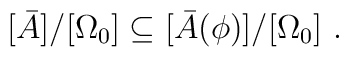
[\bar{A}]/[\Omega_0] \subseteq [\bar{A}(\phi)]/[\Omega_0]\ .